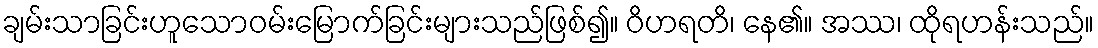
ချမ်းသာခြင်းဟူသောဝမ်းမြောက်ခြင်းများသည်ဖြစ်၍။ ဝိဟရတိ၊ နေ၏။ အဿ၊ ထိုရဟန်းသည်။